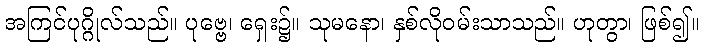
အကြင်ပုဂ္ဂိုလ်သည်။ ပုဗ္ဗေ၊ ရှေး၌။ သုမနော၊ နှစ်လိုဝမ်းသာသည်။ ဟုတွာ၊ ဖြစ်၍။